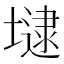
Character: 𡐡